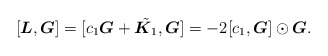
\begin{gather*}[\boldsymbol{L},\boldsymbol{G}]= [c_1 \boldsymbol{G}+\tilde{\boldsymbol{K}_1},\boldsymbol{G}]=-2 [c_1 ,\boldsymbol{G}] \odot \boldsymbol{G} .\end{gather*}